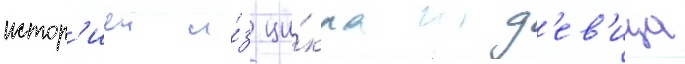
истор'иеи и́з ци́кла д'ев'ица